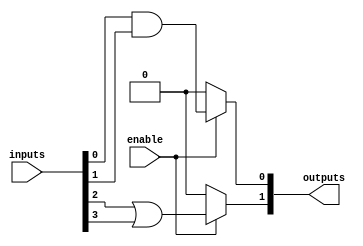
module adjacency_group #(
    parameter NUM_INPUTS = 4,
    parameter NUM_OUTPUTS = 2
)(
    input  wire [NUM_INPUTS-1:0]  inputs,
    input  wire                    enable,
    output wire [NUM_OUTPUTS-1:0] outputs
);

// Internal signals for logic functions
wire and_output;
wire or_output;

// Example logic functions
assign and_output = enable ? (inputs[0] & inputs[1]) : 1'b0; // AND function
assign or_output  = enable ? (inputs[2] | inputs[3]) : 1'b0; // OR function

// Output assignments
assign outputs[0] = and_output; // First output is AND result
assign outputs[1] = or_output;  // Second output is OR result

endmodule